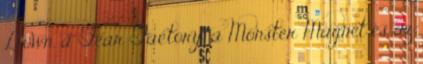
Down, a Fear Factory, a Monster Magnet és az